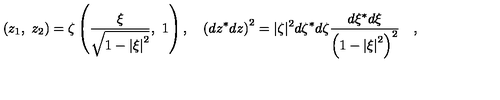
\left( { { z _ { 1 } } , \ { z _ { 2 } } } \right) = \zeta \left( { { \frac { \xi } { \sqrt { 1 - \left| \xi \right| ^ { 2 } } } } , \ 1 } \right) , \quad \left( { d z ^ { * } d z } \right) ^ { 2 } = | \zeta | ^ { 2 } d \zeta ^ { * } d \zeta { \frac { d \xi ^ { * } d \xi } { \left( { 1 - \left| \xi \right| ^ { 2 } } \right) ^ { 2 } } } \quad ,